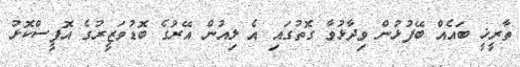
ތާރީޚީ ބައެއް ބޭފުޅުން ވިދާޅުވާ ގޮތުގައި އެ ލިއުން އޭރުގެ ބޮޑުވަޒީރުގެ އޮފީސްކޮޅު